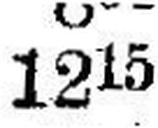
1215